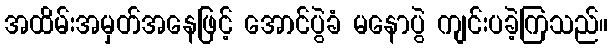
အထိမ်းအမှတ်အနေဖြင့် အောင်ပွဲခံ မနောပွဲ ကျင်းပခဲ့ကြသည်။